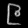
Digit: ၉